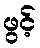
ဖွင့်